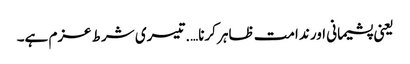
یعنی پشیمانی اور ندامت ظاہر کرنا….تیسری شرط عزم ہے۔